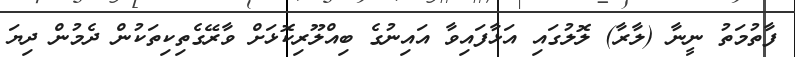
ފާތުމަތު ނީނާ (ލާރާ) ލޮލުގައި އަޅާފައިވާ އައިނުގެ ބިއްލޫރިކޮޅަށް ވާރޭގެތިކިތަކުން ދެމުން ދިޔަ